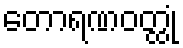
တောရဏဝတ္ထုံ